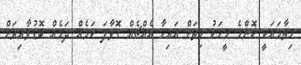
ޙިތާމައަކީ ކޮންމެ މީހަކު ހިތަށް އައިހާ އެއްޗެއް ގޮވާފަ ކަމެއް ދަމެއް ބޮޑުވާއިރަށް